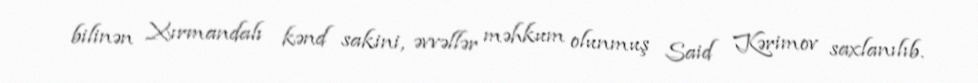
bilinən Xırmandalı kənd sakini, əvvəllər məhkum olunmuş Said Kərimov saxlanılıb.